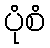
ပုံစံ